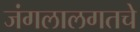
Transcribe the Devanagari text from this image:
जंगलालगतचे